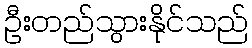
ဦးတည်သွားနိုင်သည်